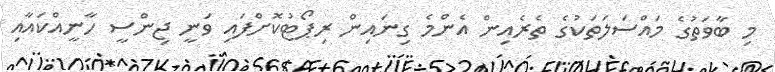
މި ބާވަތުގެ މައްސަލަތަކުގެ ތެރެއިން އެންމެ ގިނައިން ރިޕޯޓުކޮށްފައި ވަނީ ޖިންސީ ހާނީއްކައާއި